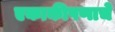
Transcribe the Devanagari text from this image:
एकाकीपणाचे